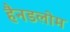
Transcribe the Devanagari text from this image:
हैनडलोम